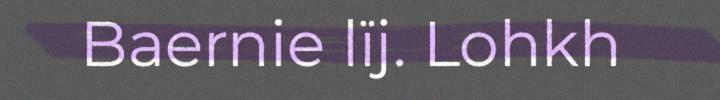
Baernie lïj. Lohkh